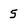
Character: 5